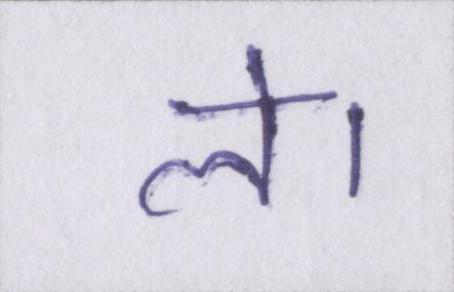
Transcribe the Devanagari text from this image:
ले।